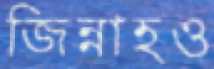
জিন্নাহও